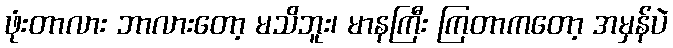
ဖုံးတာလား ဘာလားတော့ မသိဘူး၊ မာနကြီး ကြတာကတော့ အမှန်ပဲ